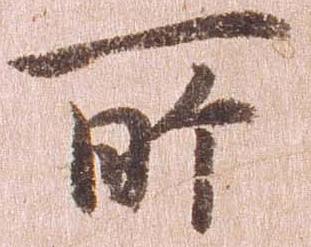
所